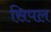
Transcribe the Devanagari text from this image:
सिपल